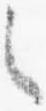
之